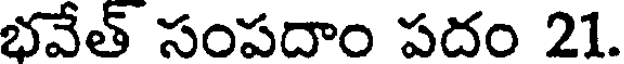
భవేత్ సంపదాం పదం 21.